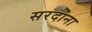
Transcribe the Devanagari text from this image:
सरदाना